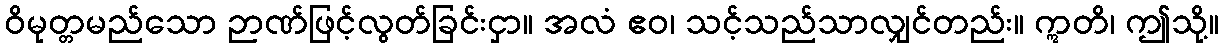
ဝိမုတ္တမည်သော ဉာဏ်ဖြင့်လွတ်ခြင်းငှာ။ အလံ ဧဝ၊ သင့်သည်သာလျှင်တည်း။ ဣတိ၊ ဤသို့။